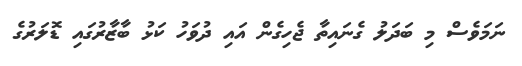
ނަމަވެސް މި ބަދަލު ގެނައިތާ ޖެހިގެން އައި ދުވަހު ކަޅު ބާޒާރުގައި ޑޮލަރުގެ